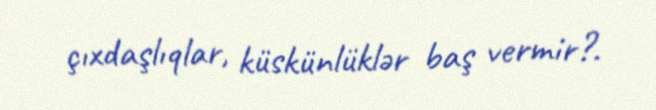
çıxdaşlıqlar, küskünlüklər baş vermir?.